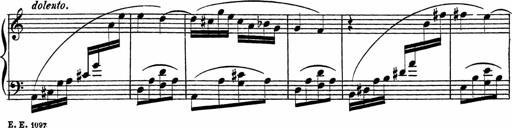
Title: Piano Sonatinas
Composer: Charles Fradel